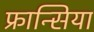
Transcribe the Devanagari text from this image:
फ्रान्सिया